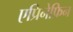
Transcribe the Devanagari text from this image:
एप्रिनेफ्रिन